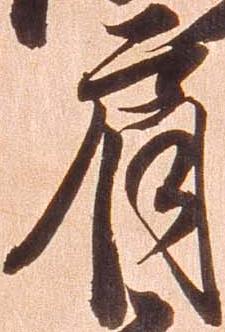
肩